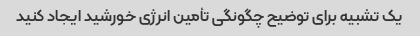
یک تشبیه برای توضیح چگونگی تأمین انرژی خورشید ایجاد کنید